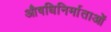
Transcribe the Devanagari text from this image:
औषधिनिर्माताओं